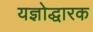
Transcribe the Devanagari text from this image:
यज्ञोद्धारक